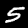
Label: 5